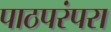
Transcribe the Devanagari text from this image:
पाठपरंपरा